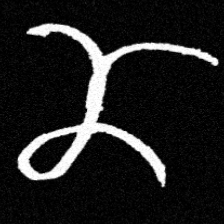
Pyu character \u2014 Myanmar letter: ဏ (romanized: nna)